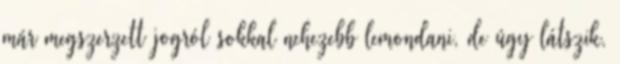
már megszerzett jogról sokkal nehezebb lemondani, de úgy látszik,